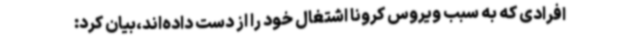
افرادی که به سبب ویروس کرونا اشتغال خود را از دست داده‌اند،بیان کرد: